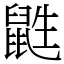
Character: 鼪